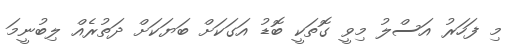
މި ފަހަރުު އަސްލު މިވީ ގޮތަކީ ބޮޑު އަގަކަށް ބަޔަކަށް ދަތުރެއް ލިބުނީމަ